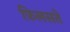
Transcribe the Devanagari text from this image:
फ़िलसते